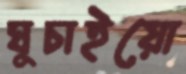
ঘুচাইয়ো